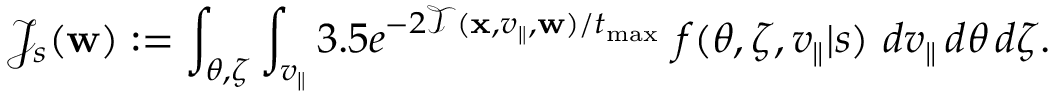
\mathcal { J } _ { s } ( \mathbf { w } ) : = \int _ { \theta , \zeta } \int _ { v _ { \parallel } } 3 . 5 e ^ { - 2 \mathcal { T } ( \mathbf { x } , v _ { \parallel } , \mathbf { w } ) / t _ { \operatorname* { m a x } } } \, \, f ( \theta , \zeta , v _ { \parallel } | s ) \, \, d v _ { \parallel } \, d \theta \, d \zeta .